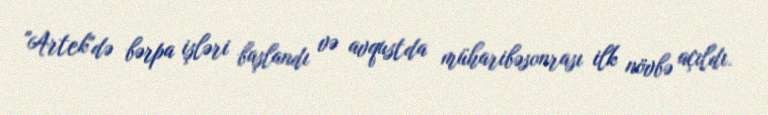
"Artek"də bərpa işləri başlandı və avqustda müharibəsonrası ilk növbə açıldı.